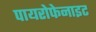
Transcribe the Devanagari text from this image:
पायरोफेनाइट